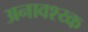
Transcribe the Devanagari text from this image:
अनावश्य्क